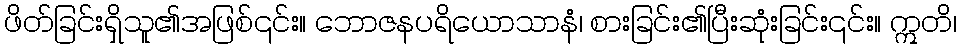
ဖိတ်ခြင်းရှိသူ၏အဖြစ်၎င်း။ ဘောဇနပရိယောသာနံ၊ စားခြင်း၏ပြီးဆုံးခြင်း၎င်း။ ဣတိ၊